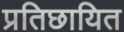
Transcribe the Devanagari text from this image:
प्रतिछायित